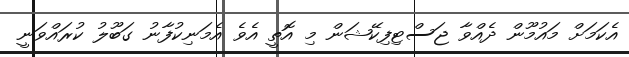
އެކަމަށް މައުމޫން ދެއްވާ ޖަސްޓިފިކޭޝަން މި އޮތީ އެވެ އެމަނިކުފާނު ގަބޫލު ކުރައްވަނީ